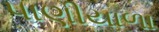
પાણીયાળા